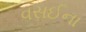
વસઈના